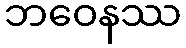
ဘဝေနဿ